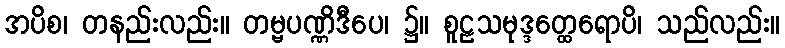
အပိစ၊ တနည်းလည်း။ တမ္ဗပဏ္ဏိဒီပေ၊ ၌။ စူဠသမုဒ္ဒတ္ထေရောပိ၊ သည်လည်း။